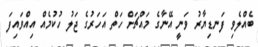
ބެއްލެވި ފަނޑިޔާރު ވަނީ އޭނާގެ މައްޗަށް ހަތް އަހަރުގެ ޖަލު ހުކުމެއް އިއްވައިފަ